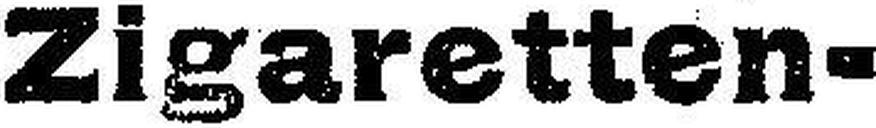
Zigaretten¬